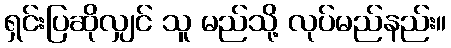
ရှင်းပြဆိုလျှင် သူ မည်သို့ လုပ်မည်နည်း။